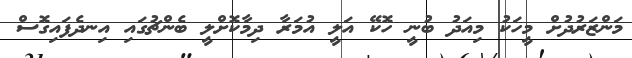
މަންޒަރުދުށް މީހަކު މިއަދު ބުނީ ހޮކޭ އަލީ އުމަރާ ދިމާކޮށްލީ ބެންޗުގައި އިނދެފައިގޮސް